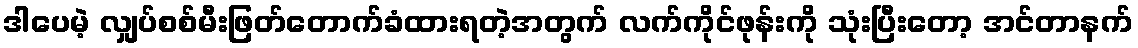
ဒါပေမဲ့ လျှပ်စစ်မီးဖြတ်တောက်ခံထားရတဲ့အတွက် လက်ကိုင်ဖုန်းကို သုံးပြီးတော့ အင်တာနက်